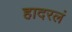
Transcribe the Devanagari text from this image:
हादरलं